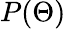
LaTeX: P(\Theta)